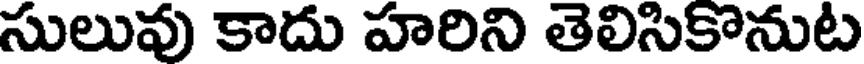
సులువు కాదు హరిని తెలిసికొనుట